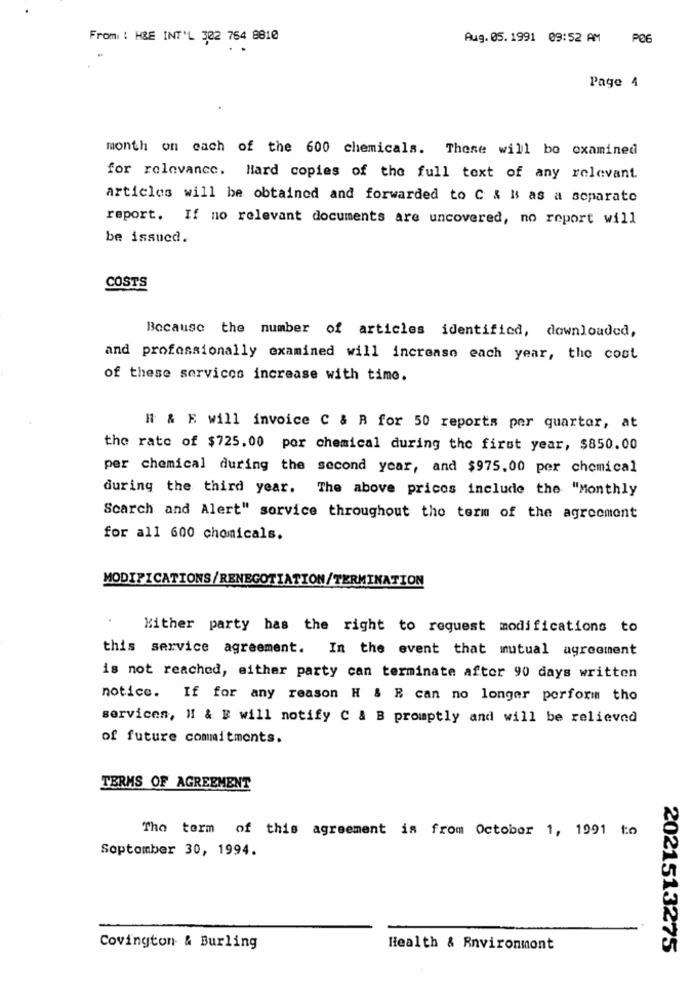
From : H&E INT'L 302 764 8810
Aug. 05. 1991 09:52 AM
PO6
Page 4
month on each of the 600 chemicals. There will be examined
for relevance. Hard copies of the full text of any relevant.
articles will be obtained and forwarded to C & Bs as a separate
report. If no relevant documents are uncovered, no report will
be issued.
COSTS
Because the number of articles identified, downloaded,
and professionally examined will increase each year, the cost
of these services increase with time.
H & E will invoice C & B for 50 reports per quarter, at
the rate of $725, 00 por chemical during the first year, $850.00
per chemical during the second year, and $975.00 per chemical
during the third year. The above prices include the "Monthly
Scarch and Alert" service throughout the term of the agreement
for all 600 chomicals.
MODIFICATIONS/RENEGOTIATION/TERMINATION
Either party has the right to request modifications to
this service agreement. In the event that mutual agreement
is not reached, either party can terminate after 90 days written
notice. If for any reason H & B can no longer perform tho
servicen, H! & E will notify C & B promptly and will be relieved
of future commitments.
TERMS OF AGREEMENT
The term of this agreement is from October 1, 1991 to
Soptomber 30, 1994.
Covington & Burling
Health & Rnvironmont
2021513275